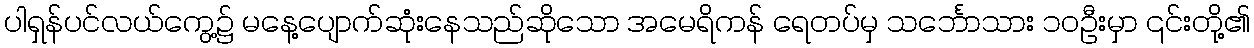
ပါရှန်ပင်လယ်ကွေ့၌ မနေ့ပျောက်ဆုံးနေသည်ဆိုသော အမေရိကန် ရေတပ်မှ သင်္ဘောသား ၁၀ဦးမှာ ၎င်းတို့၏